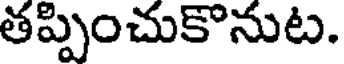
తప్పించుకొనుట.